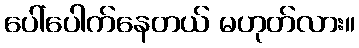
ပေါ်ပေါက်နေတယ် မဟုတ်လား။